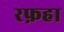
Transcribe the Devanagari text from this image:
रफ़हा